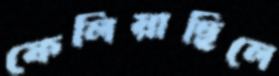
ফেলিয়াছিলে